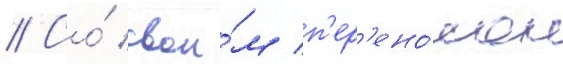
// Со́ свои́м п'ер'ено́сом